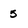
Character: 5